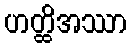
ဟတ္ထိအဿာ